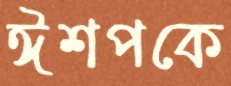
ঈশপকে